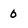
Character: 0